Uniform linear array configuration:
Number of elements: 32
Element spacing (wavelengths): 0.5
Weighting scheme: uniform
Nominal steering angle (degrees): -15
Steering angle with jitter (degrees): -14.832
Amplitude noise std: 0.05
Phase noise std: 0.05

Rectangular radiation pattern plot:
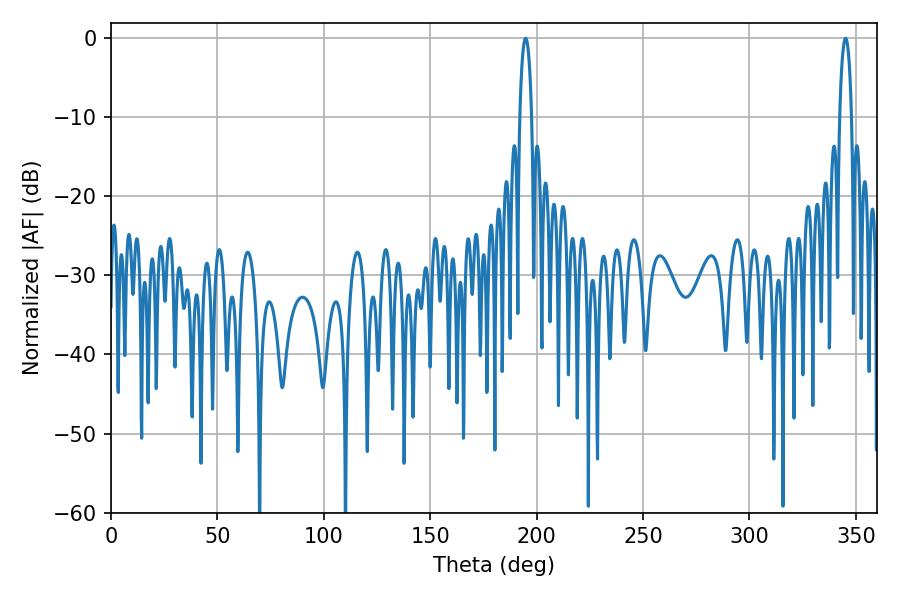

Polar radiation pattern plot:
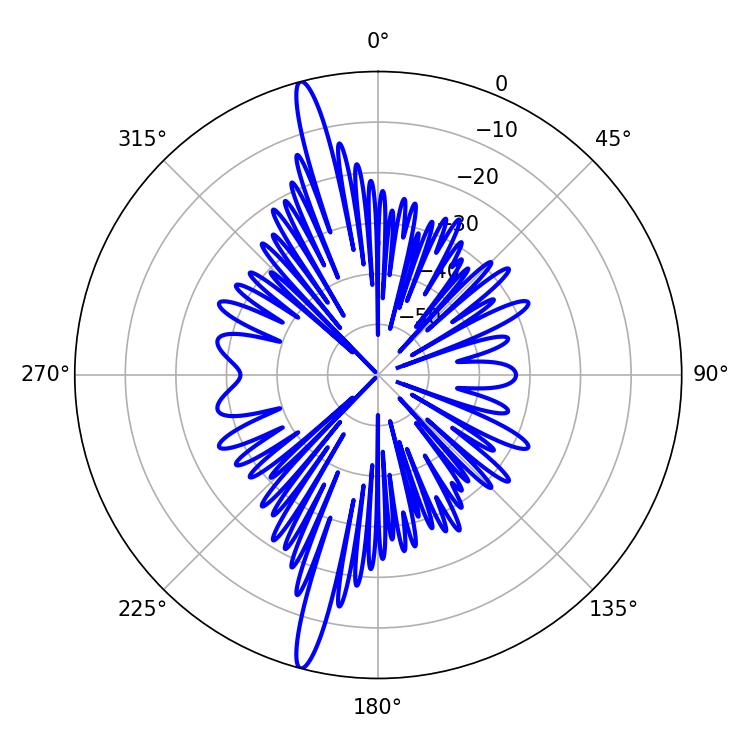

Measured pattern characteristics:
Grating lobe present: FALSE
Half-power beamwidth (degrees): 3.06
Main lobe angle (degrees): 194.76